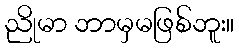
ညိုမာ ဘာမှမဖြစ်ဘူး။